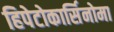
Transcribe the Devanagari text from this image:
हिपेटोकार्सिनोमा